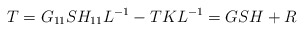
\begin{align*}T=G_{11}SH_{11}L^{-1}-TKL^{-1}=GSH+R\end{align*}